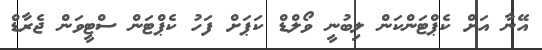
އޭނާ އަށް ކެޕްޓަންކަން ލިބުނީ ވޯލްޑް ކަޕަށް ފަހު ކެޕްޓަން ސްޓީވަން ޖެރާޑް